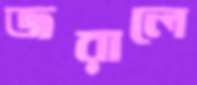
জরালে